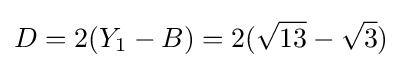
D=2(Y_{1}-B)=2({\sqrt {13}}-{\sqrt {3}})